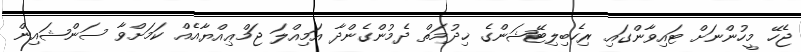
ޖެހޭ މީހުންނަށް ޓައިވާންގައި ރިހެބިލިޓޭޝަންގެ ޚިދުމަތް ދެމުންގެންދާ އަމިއްލަ ޖަމްޢިއްޔާއެއް ކަމަށްވާ ސަންޝައިން